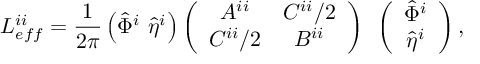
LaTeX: L _ { e f f } ^ { i i } = \frac { 1 } { 2 \pi } \left( \hat { \Phi } ^ { i } ~ \hat { \eta } ^ { i } \right) \left( \begin{array} { c c } { { A ^ { i i } } } & { { C ^ { i i } / 2 } } \\ { { C ^ { i i } / 2 } } & { { B ^ { i i } } } \end{array} \right) ~ \left( \begin{array} { c } { { \hat { \Phi } ^ { i } } } \\ { { \hat { \eta } ^ { i } } } \end{array} \right) ,